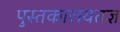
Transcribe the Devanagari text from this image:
पुस्तकालयतज्ञ